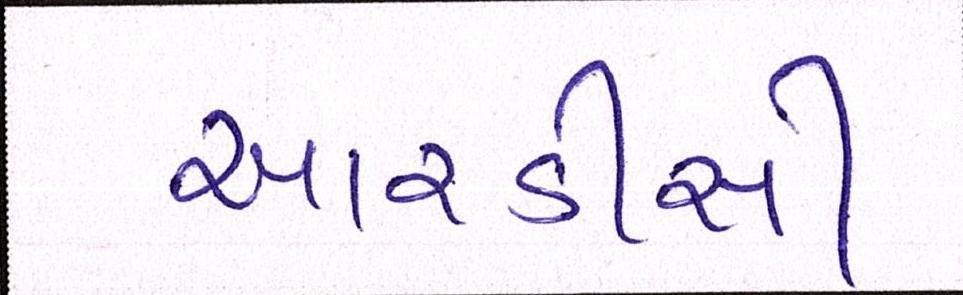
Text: આરડીસી